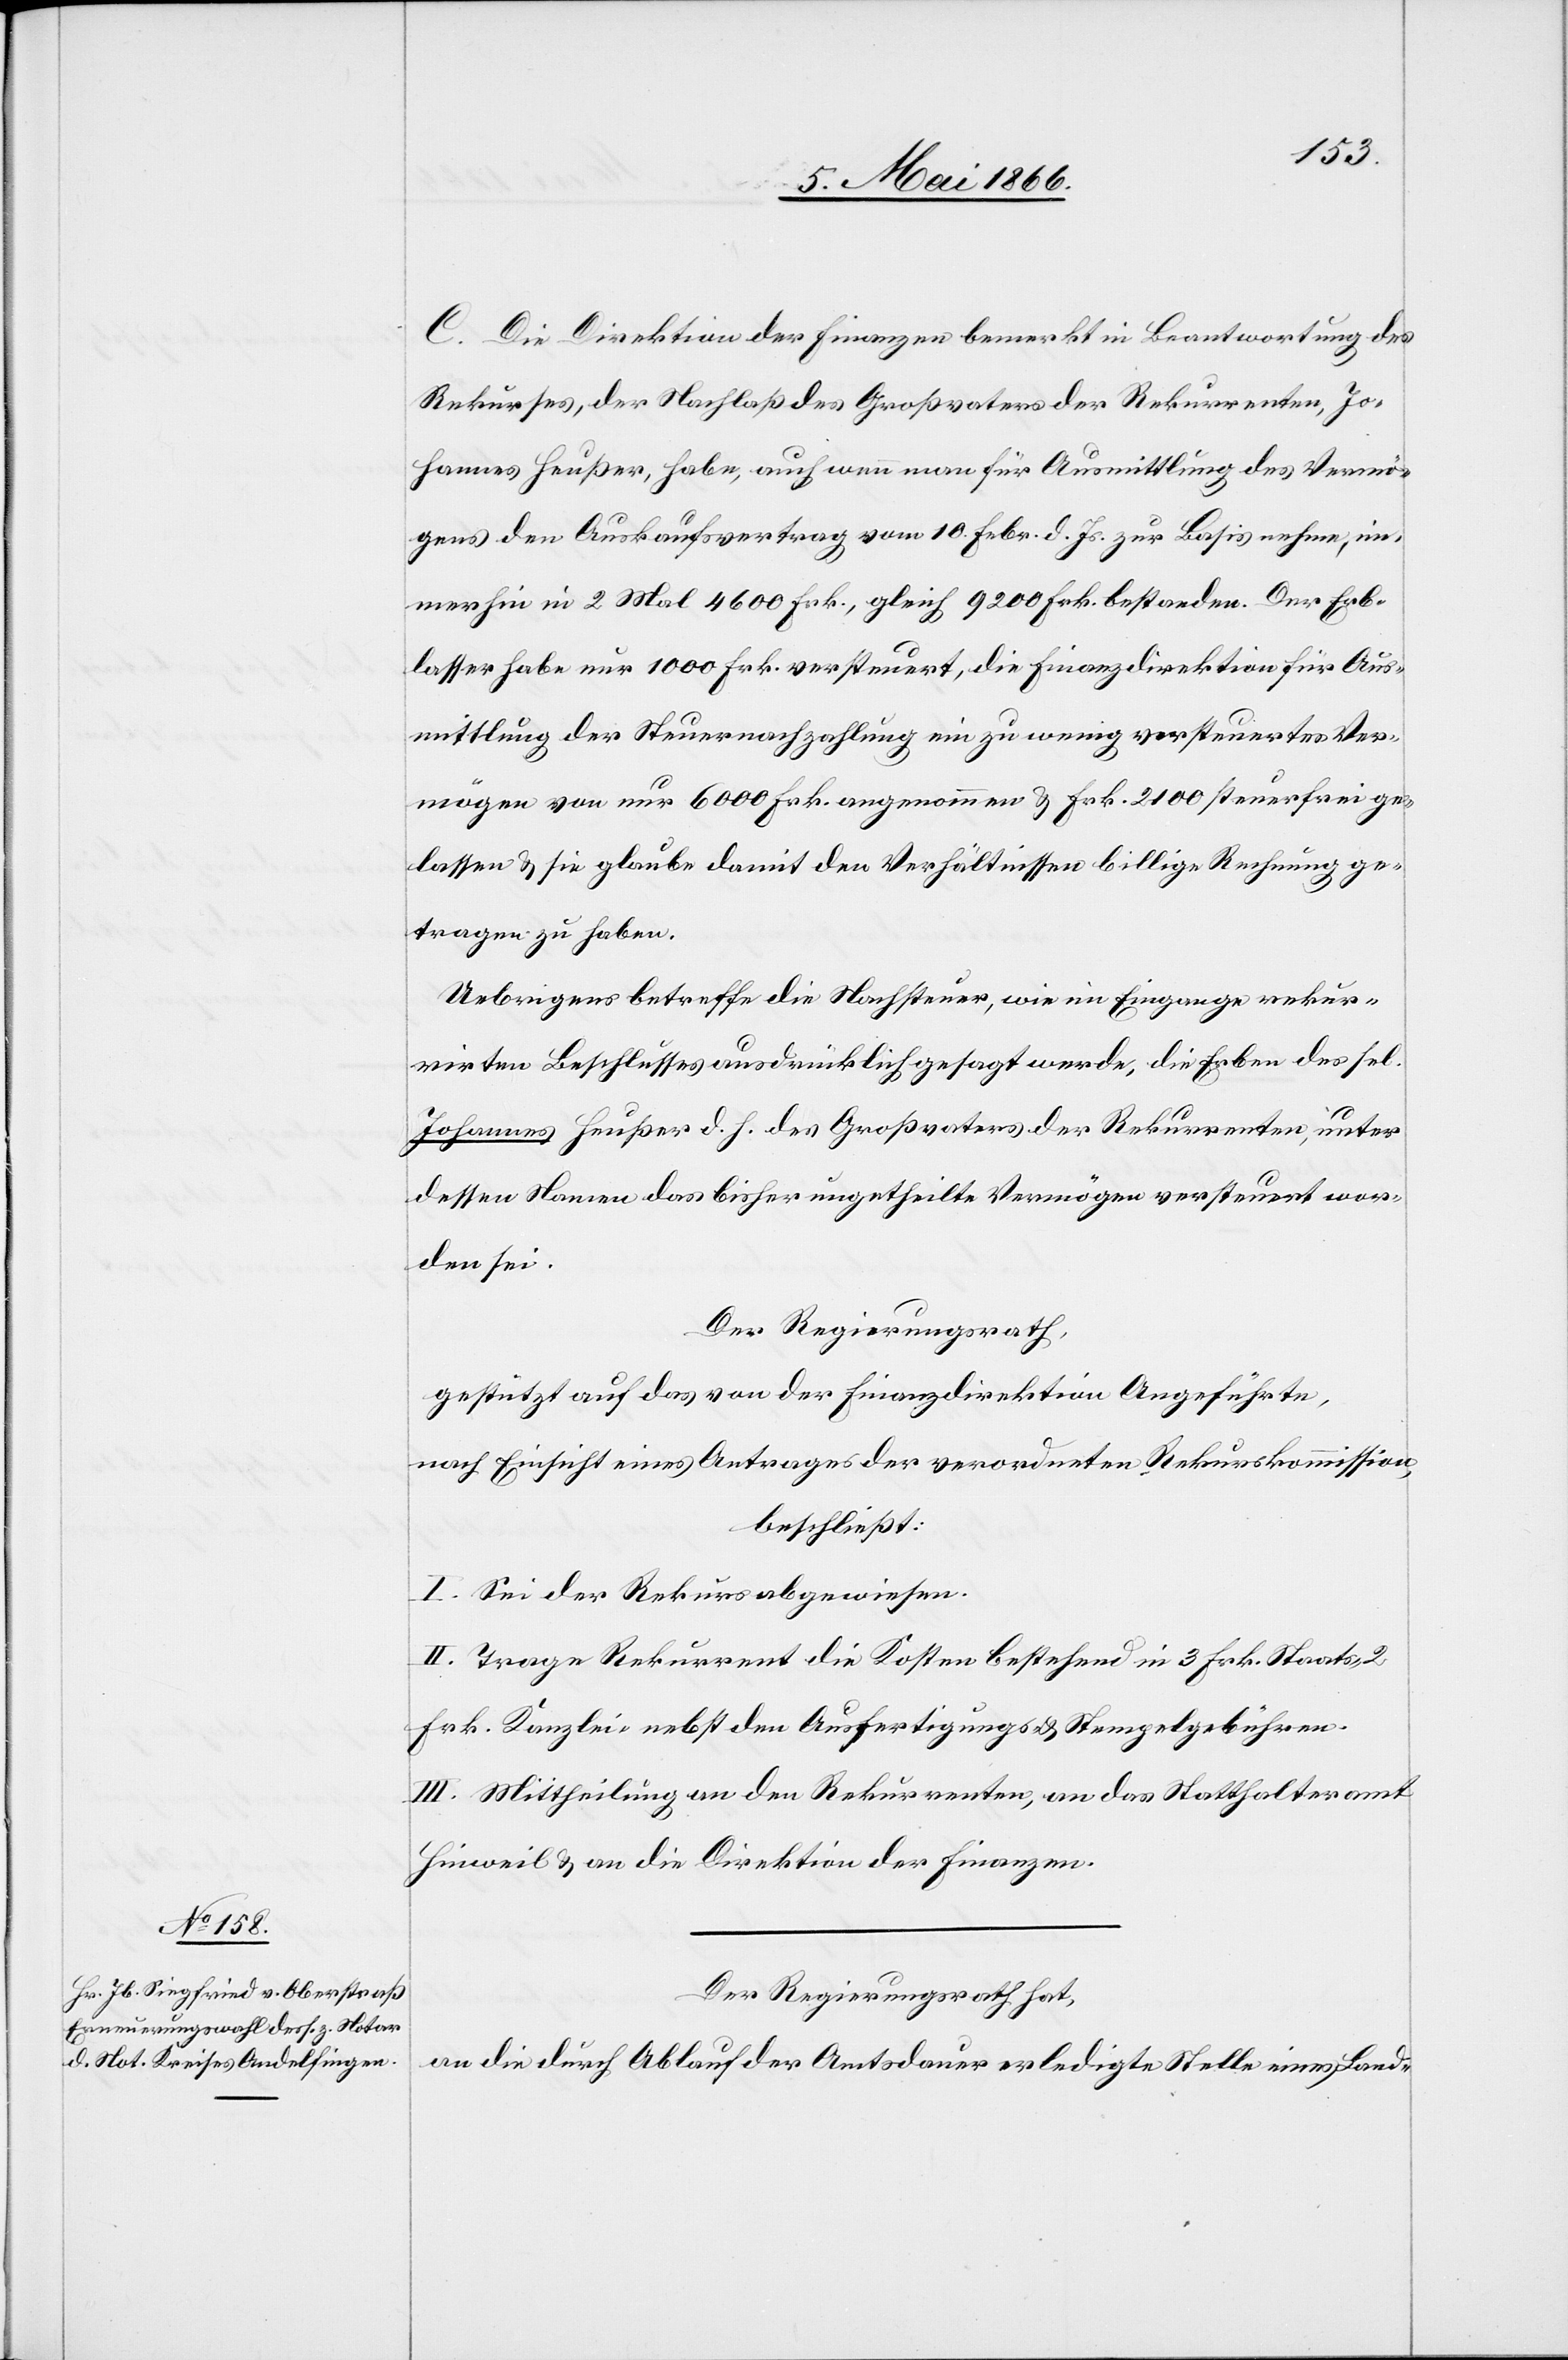
C. Die Direktion der Finanzen bemerkt in Beantwortung des
Rekurses, der Nachlaß des Großvaters der Rekurrenten, Jo¬
hannes Heußer, habe, auch wenn man für Ausmittlung des Vermö¬
gens den Auskaufsvertrag vom 10. Febr. d. Js. zur Basis nehme, im¬
merhin in 2 Mal 4600 Frk., gleich 9200 Frk. bestanden. Der Erb¬
lasser habe nur 1000 Frk. versteuert, die Finanzdirektion für Aus¬
mittlung der Steuernachzahlung ein zu wenig versteuertes Ver¬
mögen von nur 6000 Frk. angenommen u. Frk. 2100 steuerfrei ge¬
lassen u. sie glaube damit den Verhältnissen billig Rechnung ge¬
tragen zu haben
Uebrigens betreffe die Nachsteuer, wie im Eingange rekur¬
rirten Beschlusses ausdrücklich gesagt werde, die Erben des sel.
Johannes Heußer d. h. des Großvaters der Rekurrenten, unter
dessen Namen das bisher ungetheilte Vermögen versteuert wor¬
den sei.
Der Regierungsrath,
gestützt auf das von der Finanzdirektion Angeführte,
nach Einsicht eines Antrages der verordneten Rekurskommission,
beschließt:
I. Sei der Rekurs abgewiesen.
II. Trage Rekurrent die Kosten bestehend in 3 Frk. Staats-[,]
Frk. Kanzlei- nebst Ausfertigungs- u. Stempelgebühren.
III. Mittheilung an den Rekurrenten, an das Statthalteramt
Hinweil u. an die Direktion der Finanzen.
Der Regierungsrath hat,
an die durch Ablauf der Amtsdauer erledigte Stelle eines Land-